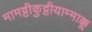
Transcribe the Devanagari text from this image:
मामट्टीकुट्टीयाम्माक्कू